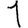
Digit: 1